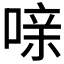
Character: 𰈍